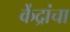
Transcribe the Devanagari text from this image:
केंद्रांचा